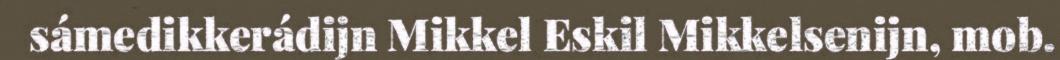
sámedikkerádijn Mikkel Eskil Mikkelsenijn, mob.